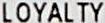
LOYALTY